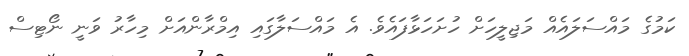
ކަމުގެ މައްސަލައެއް މަޖިލީހަށް ހުށަހަޅާފައެވެ. އެ މައްސަލާގައި އިމްރާންއަށް މިހާރު ވަނީ ނޯޓިސް